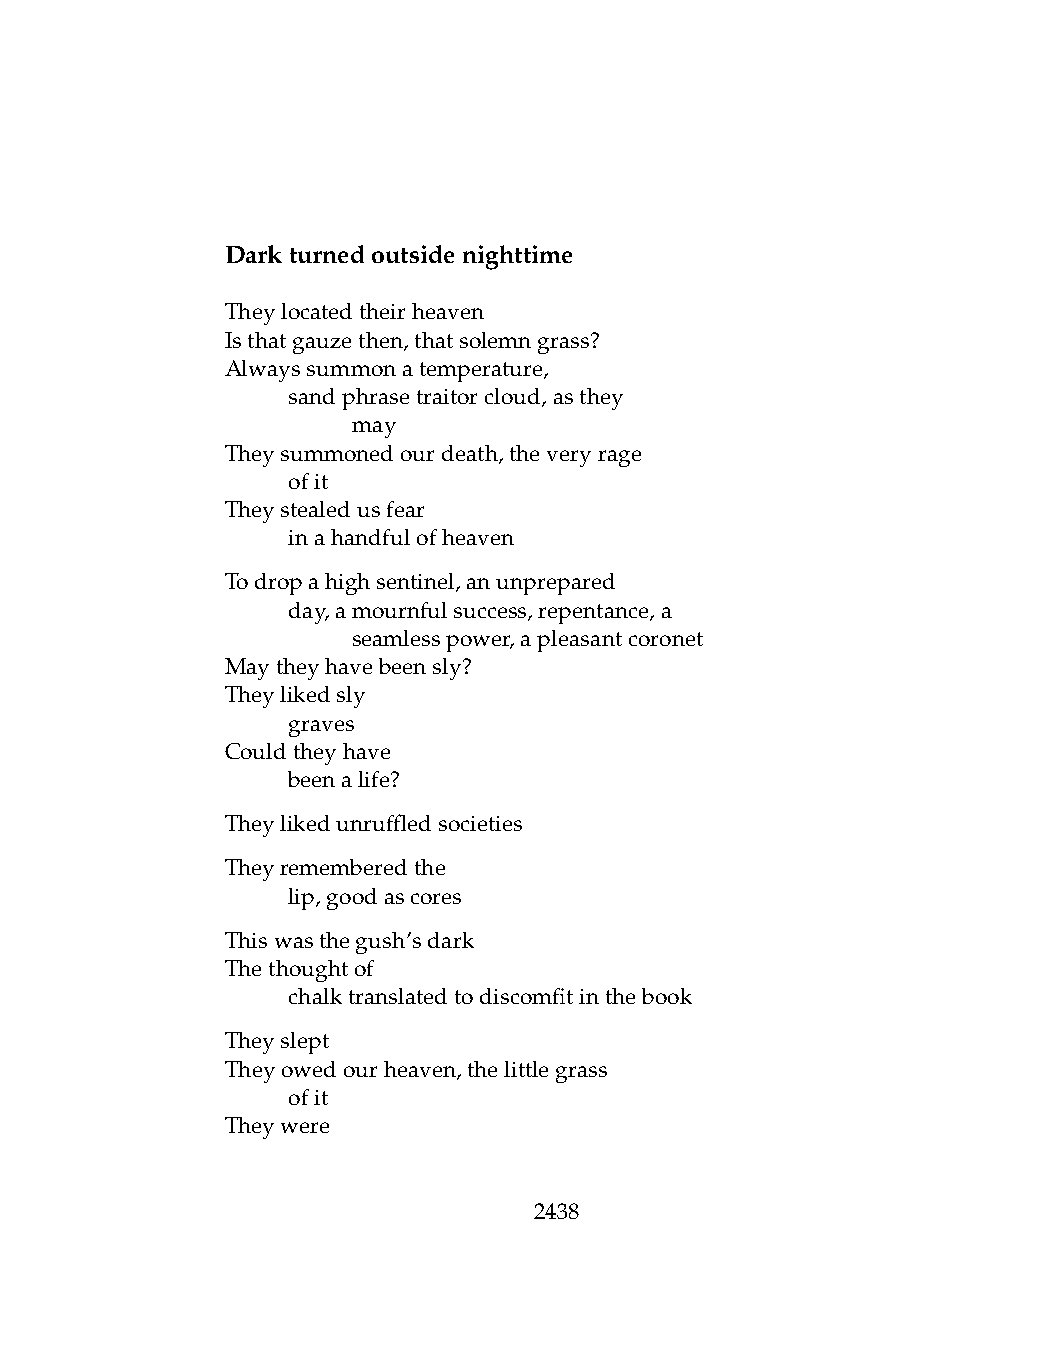
Darkturnedoutsidenighttime
 Theylocatedtheirheaven
 Isthatgauzethen,thatsolemngrass?
 Alwayssummonatemperature,
 .   sandphrasetraitorcloud,asthey
 .   .   may
 Theysummonedourdeath,theveryrage
 .   ofit
 Theystealedusfear
 .   inahandfulofheaven
 Todropahighsentinel,anunprepared
 .   day,amournfulsuccess,repentance,a
 .   .   seamlesspower,apleasantcoronet
 Maytheyhavebeensly?
 Theylikedsly
 .   graves
 Couldtheyhave
 .   beenalife?
 Theylikedunruffledsocieties
 Theyrememberedthe
 .   lip,goodascores
 Thiswasthegush’sdark
 Thethoughtof
 .   chalktranslatedtodiscomfitinthebook
 Theyslept
 Theyowedourheaven,thelittlegrass
 .   ofit
 Theywere
 2438